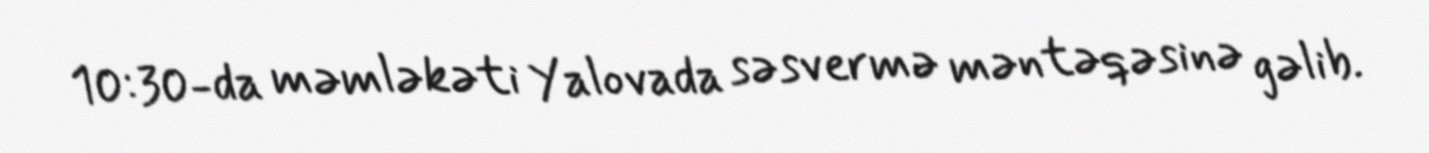
10:30-da məmləkəti Yalovada səsvermə məntəqəsinə gəlib.